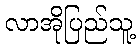
လာအိုပြည်သူ့